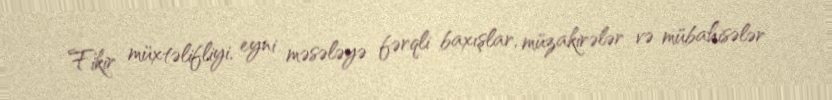
Fikir müxtəlifliyi, eyni məsələyə fərqli baxışlar, müzakirələr və mübahisələr